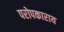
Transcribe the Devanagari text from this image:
परोपकाराय